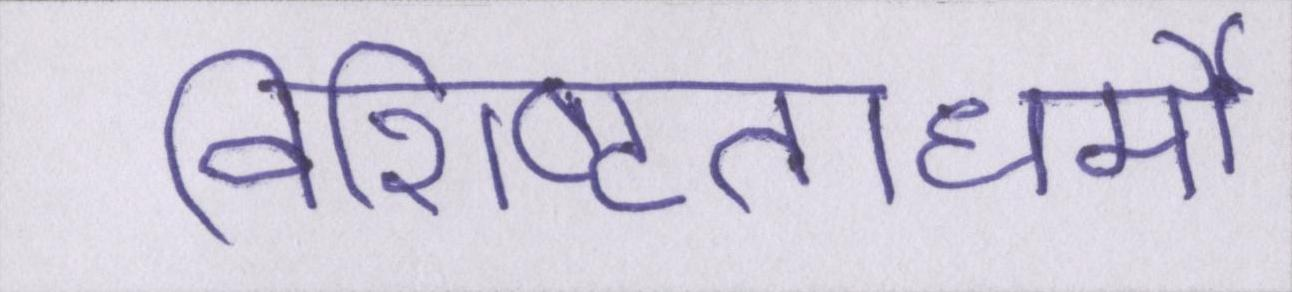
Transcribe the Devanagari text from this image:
विशिष्टताधर्मी